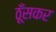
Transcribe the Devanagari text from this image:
ठूँसकर